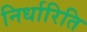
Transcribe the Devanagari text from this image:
निर्धारिति